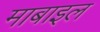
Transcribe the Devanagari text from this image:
माबाइल